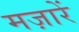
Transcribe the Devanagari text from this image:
मज़ारें